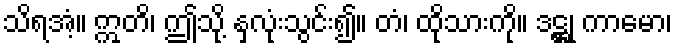
သိရအံ့။ ဣတိ၊ ဤသို့ နှလုံးသွင်း၍။ တံ၊ ထိုသားကို။ ဒဋ္ဌု ကာမော၊